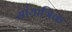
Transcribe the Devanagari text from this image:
सांयात्रिक